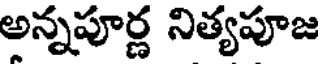
అన్నపూర్ణ నిత్యపూజ